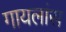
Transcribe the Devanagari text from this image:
गायलांस